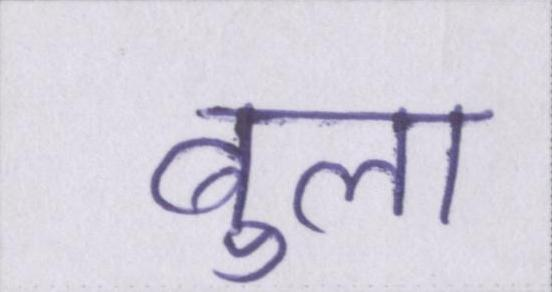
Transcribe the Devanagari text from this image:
बुला